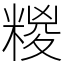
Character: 糉